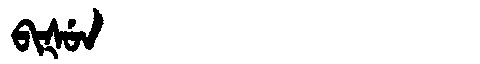
Manchu: ᠪᡳᡧᡠᠨ
Romanization: BIŠUN